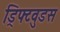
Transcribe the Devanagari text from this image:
ड्रिफ्टवुडस